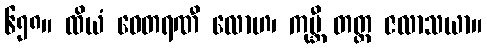
၆၅၈။ ထိယံ ဝေတရဏီ လောဟ၊ ကုမ္ဘီ တတ္ထ ဇလာသယာ။